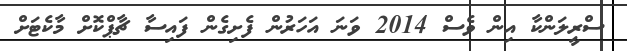
ސްރީލަންކާ އިން ވެސް 2014 ވަނަ އަހަރުން ފެށިގެން ފައިސާ ޗާޕްކޮށް މާކެޓަށް